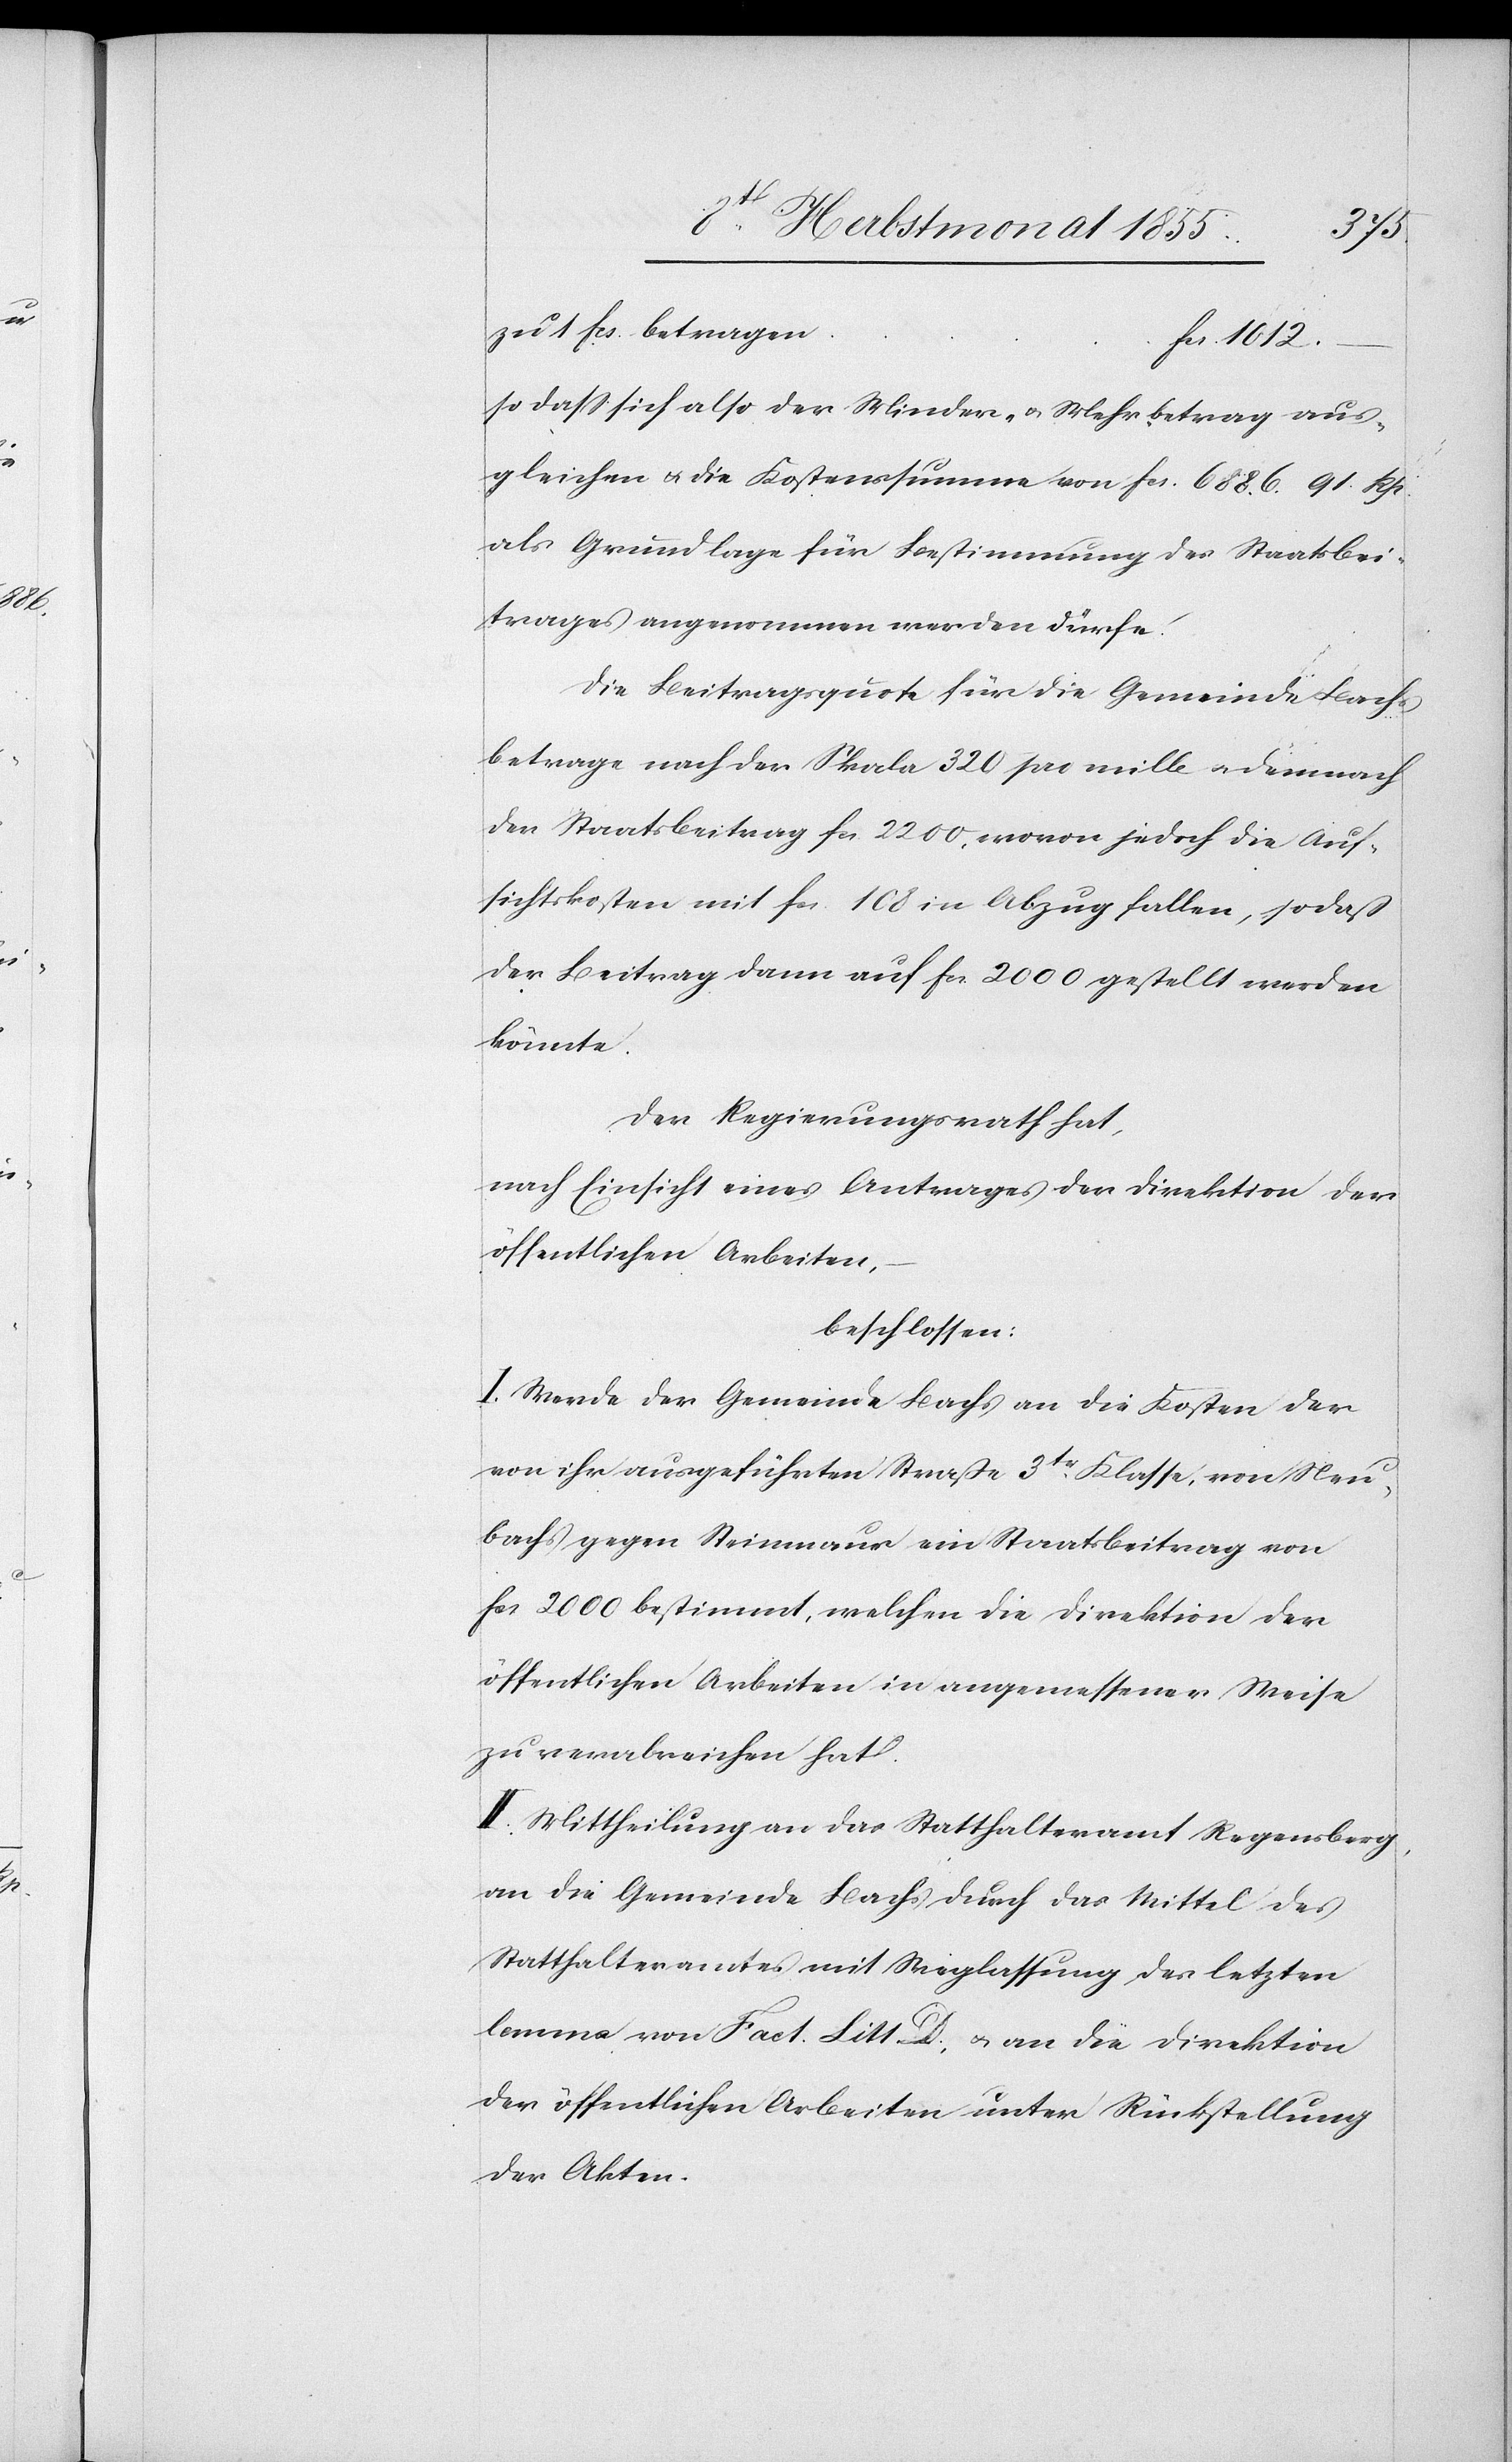
zu 1 Fcs. betragen
Fcs. 1012.
so dass sich also der Minder- & Mehrbetrag aus¬
gleichen & die Kostenssumme von Fcs. 6886. 91. Rp.
als Grundlage für Bestimmung des Staatsbei¬
trages angenommen werden dürfe.
Die Beitragsquote für die Gemeinde Bachs
betrage nach der Skala 320 pro mille & demnach
der Staatsbeitrag Fcs. 2200, wovon jedoch die Auf¬
sichtskosten mit Fcs. 108 in Abzug fallen, so daß
der Beitrag dann auf Fcs. 2000 gestellt werden
könnte.
Der Regierungsrath hat,
nach Einsicht eines Antrages der Direktion der
öffentlichen Arbeiten,
beschlossen:
I. Werde der Gemeinde Bachs an die Kosten der
von ihr ausgeführten Straße 3tr. Klasse, von Neu¬
bachs gegen Steinmaur ein Staatsbeitrag von
Fcs 2000 bestimmt, welchen die Direktion der
öffentlichen Arbeiten in angemessener Weise
zu verabreichen hat.
II. Mittheilung an das Statthalteramt Regensberg,
an die Gemeinde Bachs durch das Mittel des
Statthalteramtes mit Weglassung des letzten
lemma von Fact. Litt. D., & an die Direktion
der öffentlichen Arbeiten unter Rückstellung
der Akten.